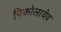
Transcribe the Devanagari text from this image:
निकोलायेव